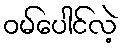
ဝမ်ပေါင်လဲ့